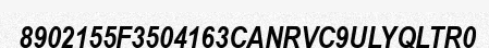
8902155F3504163CANRVC9ULYQLTR0